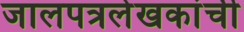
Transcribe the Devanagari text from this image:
जालपत्रलेखकांची